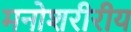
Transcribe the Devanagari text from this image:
मनोशरीरीय